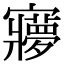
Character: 㝱